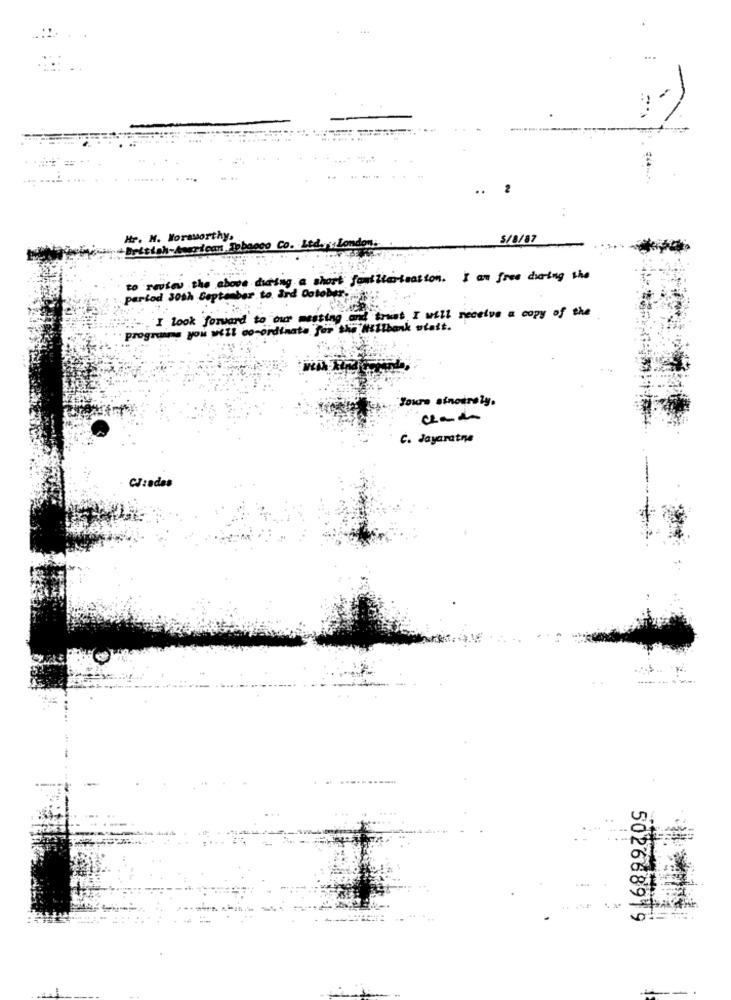
..
Hr. M. Horas
rthy
5/8/87
Britta
Pican.
1000 Co. Ltd.
Lon
review the above duts
y a short fouliterieation. I am free during the
partod 30th September to ård October.
trust I will receive a copy of the
I look forward to our
progruins you will do
ata for the Hillbank ofatt.
Yours sincerely,
C. Jayaratne
CJzadas
502668919